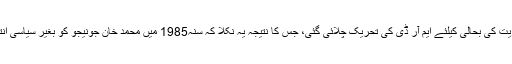
فوجی دور حکومت کے دوران جمہوریت کی بحالی کیلئے ایم آر ڈی کی تحریک چلائی گئی، جس کا نتیجہ یہ نکلا کہ سنہ1985 میں محمد خان جونیجو کو بغیر سیاسی انتخاب کے ملک کا وزیراعظم بنادیاگیا۔